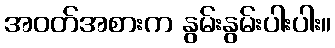
အဝတ်အစားက နွမ်းနွမ်းပါးပါး။